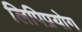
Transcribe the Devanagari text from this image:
लिपिप्रयोग